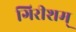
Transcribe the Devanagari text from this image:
गिरीशम्